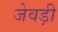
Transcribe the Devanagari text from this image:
जेवड़ी